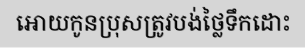
អោយកូនប្រុសត្រូវបង់ថ្លៃទឹកដោះ